Annual report on the working of the mental hospitals in the Madras Presidency - 1912-1932
Year: 1912
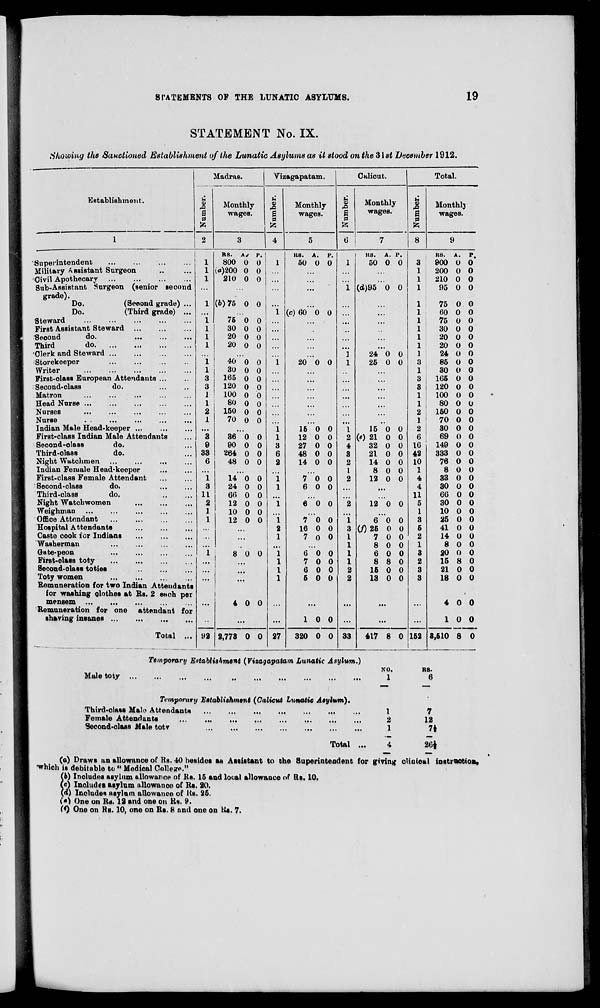
STATEMENTS OP THE LUNATIC ASYLUMS.
19
STATEMENT No. IX.
Showing the Sanctioned Establishment of the Lunatic Asylums as it stood on the'6\st December 1912.
3
Madras.
Vizagapatam
Calicut.
Total.
Establishment.
Monthlj
Monthly
i Monthly u 3 Monthlj
S 0
wages.
|
wages.
S 0
wages.
a 0
wages.
fe
fc
6
fe
1
2
3
4
5
7
8
9
RS. A/ p.'
KB. A. p.
KB.
A. P.
RS. A. P.
Superintendent
1
800 0 0
1
50 0 0
1
50 0 0
3
900 0 0
Military Assistant Surgeon
1 (0)200 0 0
1
200 0 0
Civil Apothecary
1
210 0 0
...
...
1
210 0 0
Sub-Assistant Surgeon (senior second
1 (d)95 0 0
1
95 0 0
grade).
.
Do.
(Seoond grade) ...
1 (6)75 0 0
1
75 0 0
Do.
(Third grade) ...
1 (c) 60 0 0
...
1
60 0 0
Steward
1
75 0 0
...
1
75 0 0
First Assistant Steward
1
30 0 0
1
30 0 0
Seoond
do.
...
1
20 0 0 ...
1
20 0 0
Third
do
,
1
20 0 0
1
20 0 0
'Clerk and Steward
]
24 0 0
1
24 0 0
Storekeeper
i 40 0 0 i 20 0 0 1 25 0 0 3 85 0 0
Writer
l
30 0 0
1
30 0 0
First-class European Attendants ...
3
165 0 0
3
165 0 0
Second-class
do.
3
120 0 0
3
120 0 0
Matron
1
100 0 0
1
100 0 0
Head Nurse ...
1
80 0 0
1
80 0 0
Nurses
2
150 0 0
2
160 0 0
Nurse
. .
1
70 0 0
1
70 0 0
Indian Male Head-keeper ..,
...
i 15 0 0 I 15 0 0 2 30 0 0
First-class Indian Male Attendants
3
36 0 0
l
12 0 0
2 (e) 21 0 0
6
69 0 0
Second-class
do.
9
90 0 0
3
27 0 0
4
32 0 0 16
149 0 0
Third-class
do.
33
264 0 0
6
48 0 0
3
21 0 0 42
333 0 0
Night Watchmen
6
48 0 0
2
14 0 0
2
14 0 0 10
76 0 0
Indian Female Head-keeper
1
8 0 0
1
8 0 0
First-class Female Attendant
1
14 0 0
i
7""o 0 2
12 0 0
4
33 0 0
Second-class
do.
3
24 0 0
I
6 0 0
4
30 0 0
Third-class
do.
11
60 0 0
11
66 0 0
Night Watchwomen
2
12 0 0
i
6 0 0
2
12 0 0
5
30 0 0
Weighman
1
10 0 0
1
10 0 0
Office Attendant
1
12 0 0
i
7 "o 0 i
6 "o 0 3
25 0 0
Hospital Attendants
2
16 0 0
3 CO 25 0 0 5
41 0 0
Caste cook tor Indians
...
1
7 0 0
1
7 0 0
2
14 0 0
Washerman
...
1
8 0 0
1
8 0 0
Gate-peon
1
8 0 0
i
6 0 0
1
6 0 0
3
20 0 0
Firat-olass toty
...
l
7 0 0
1
8 8 0
2
15 8 0
Second-olass toties
...
I
6 0 0
2
16 0 0
3
21 0 0
Toty women
...
l
5 0 0
2
13 0 0
3
18 0 0
Remuneration for two Indian Attendants
for washing clothes at Rs. 2 each per
•
mensem
4 0 0
4 0 0
Remuneration for one attendant for
shaving insanes
92
...
27
1 0 0
33
...
152
10 0
Total ...
2,773 0 0
320 0 0
417 8 0
8,610 8 0
Temporary Establishment (Vizagapatam Lunatic Asylum.)
Male toty
Temporary Hatablishment (Calicut Lunatic Asylum).
Third-class Male Attendants
Female Attendants
Second-class Male totv
Total
NO.
1
1
2
1
RS.
6
7
12
n
26}
(a) Draws an allowance of Ks. 40 besides as Assistant to the Superintendent for givimr cliuical institution,
"winch is debitable to " Medical OoUefP."
(6) Includes asylum allowance of Rs. 15 and local allowance of Ra. 10.
(e) Includes asylum allowance of Rs. 20.
(d) Includes asylum allowance of Its. 26.
i*) One on Us. 12 and one on Rs. 9.
(*) One on Rs. 10, one on Rs. 8 and one on Us. 7.